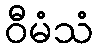
ဝီမံသံ